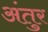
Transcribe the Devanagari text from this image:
अंतुर